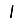
Digit: 1